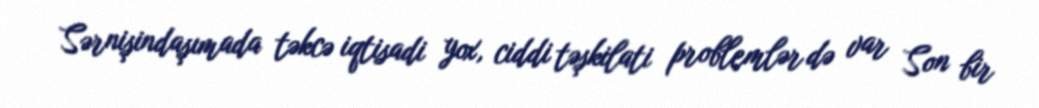
Sərnişindaşımada təkcə iqtisadi yox, ciddi təşkilati problemlər də var Son bir